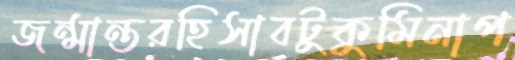
জন্মান্তরহিসাবটুকুমিনাপ